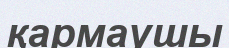
қармаушы